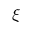
\xi